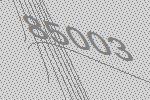
85003